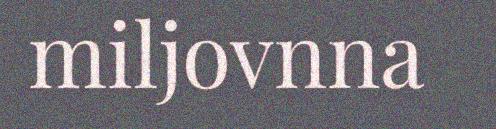
miljovnna